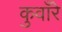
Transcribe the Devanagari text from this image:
कुवाँरे